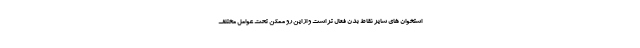
استخوان های سایر نقاط بدن فعال تر است و از این رو ممکن تحت عوامل مختلف